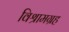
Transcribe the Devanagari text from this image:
विश्रामग्रह